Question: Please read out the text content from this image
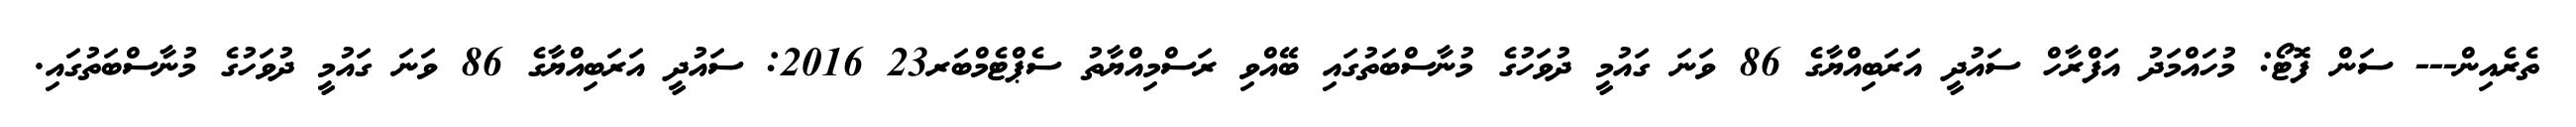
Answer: ތެރެއިން--- ސަން ފޮޓޯ: މުހައްމަދު އަފްރާހް ސައުދީ އަރަބިއްޔާގެ 86 ވަނަ ގައުމީ ދުވަހުގެ މުނާސްބަތުގައި ބޭއްވި ރަސްމިއްޔާތު ސެޕްޓެމްބަރ23 2016: ސައުދީ އަރަބިއްޔާގެ 86 ވަނަ ގައުމީ ދުވަހުގެ މުނާސްބަތުގައި.